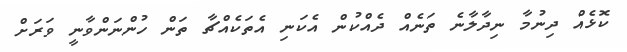
ކޮޅެއް ދިނުމާ ނިދާލާނެ ތަނެއް ދެއްކުން އެކަނި އެތަކެއްޗާ ތަން ހުންނަންވާނީ ވަރަށް